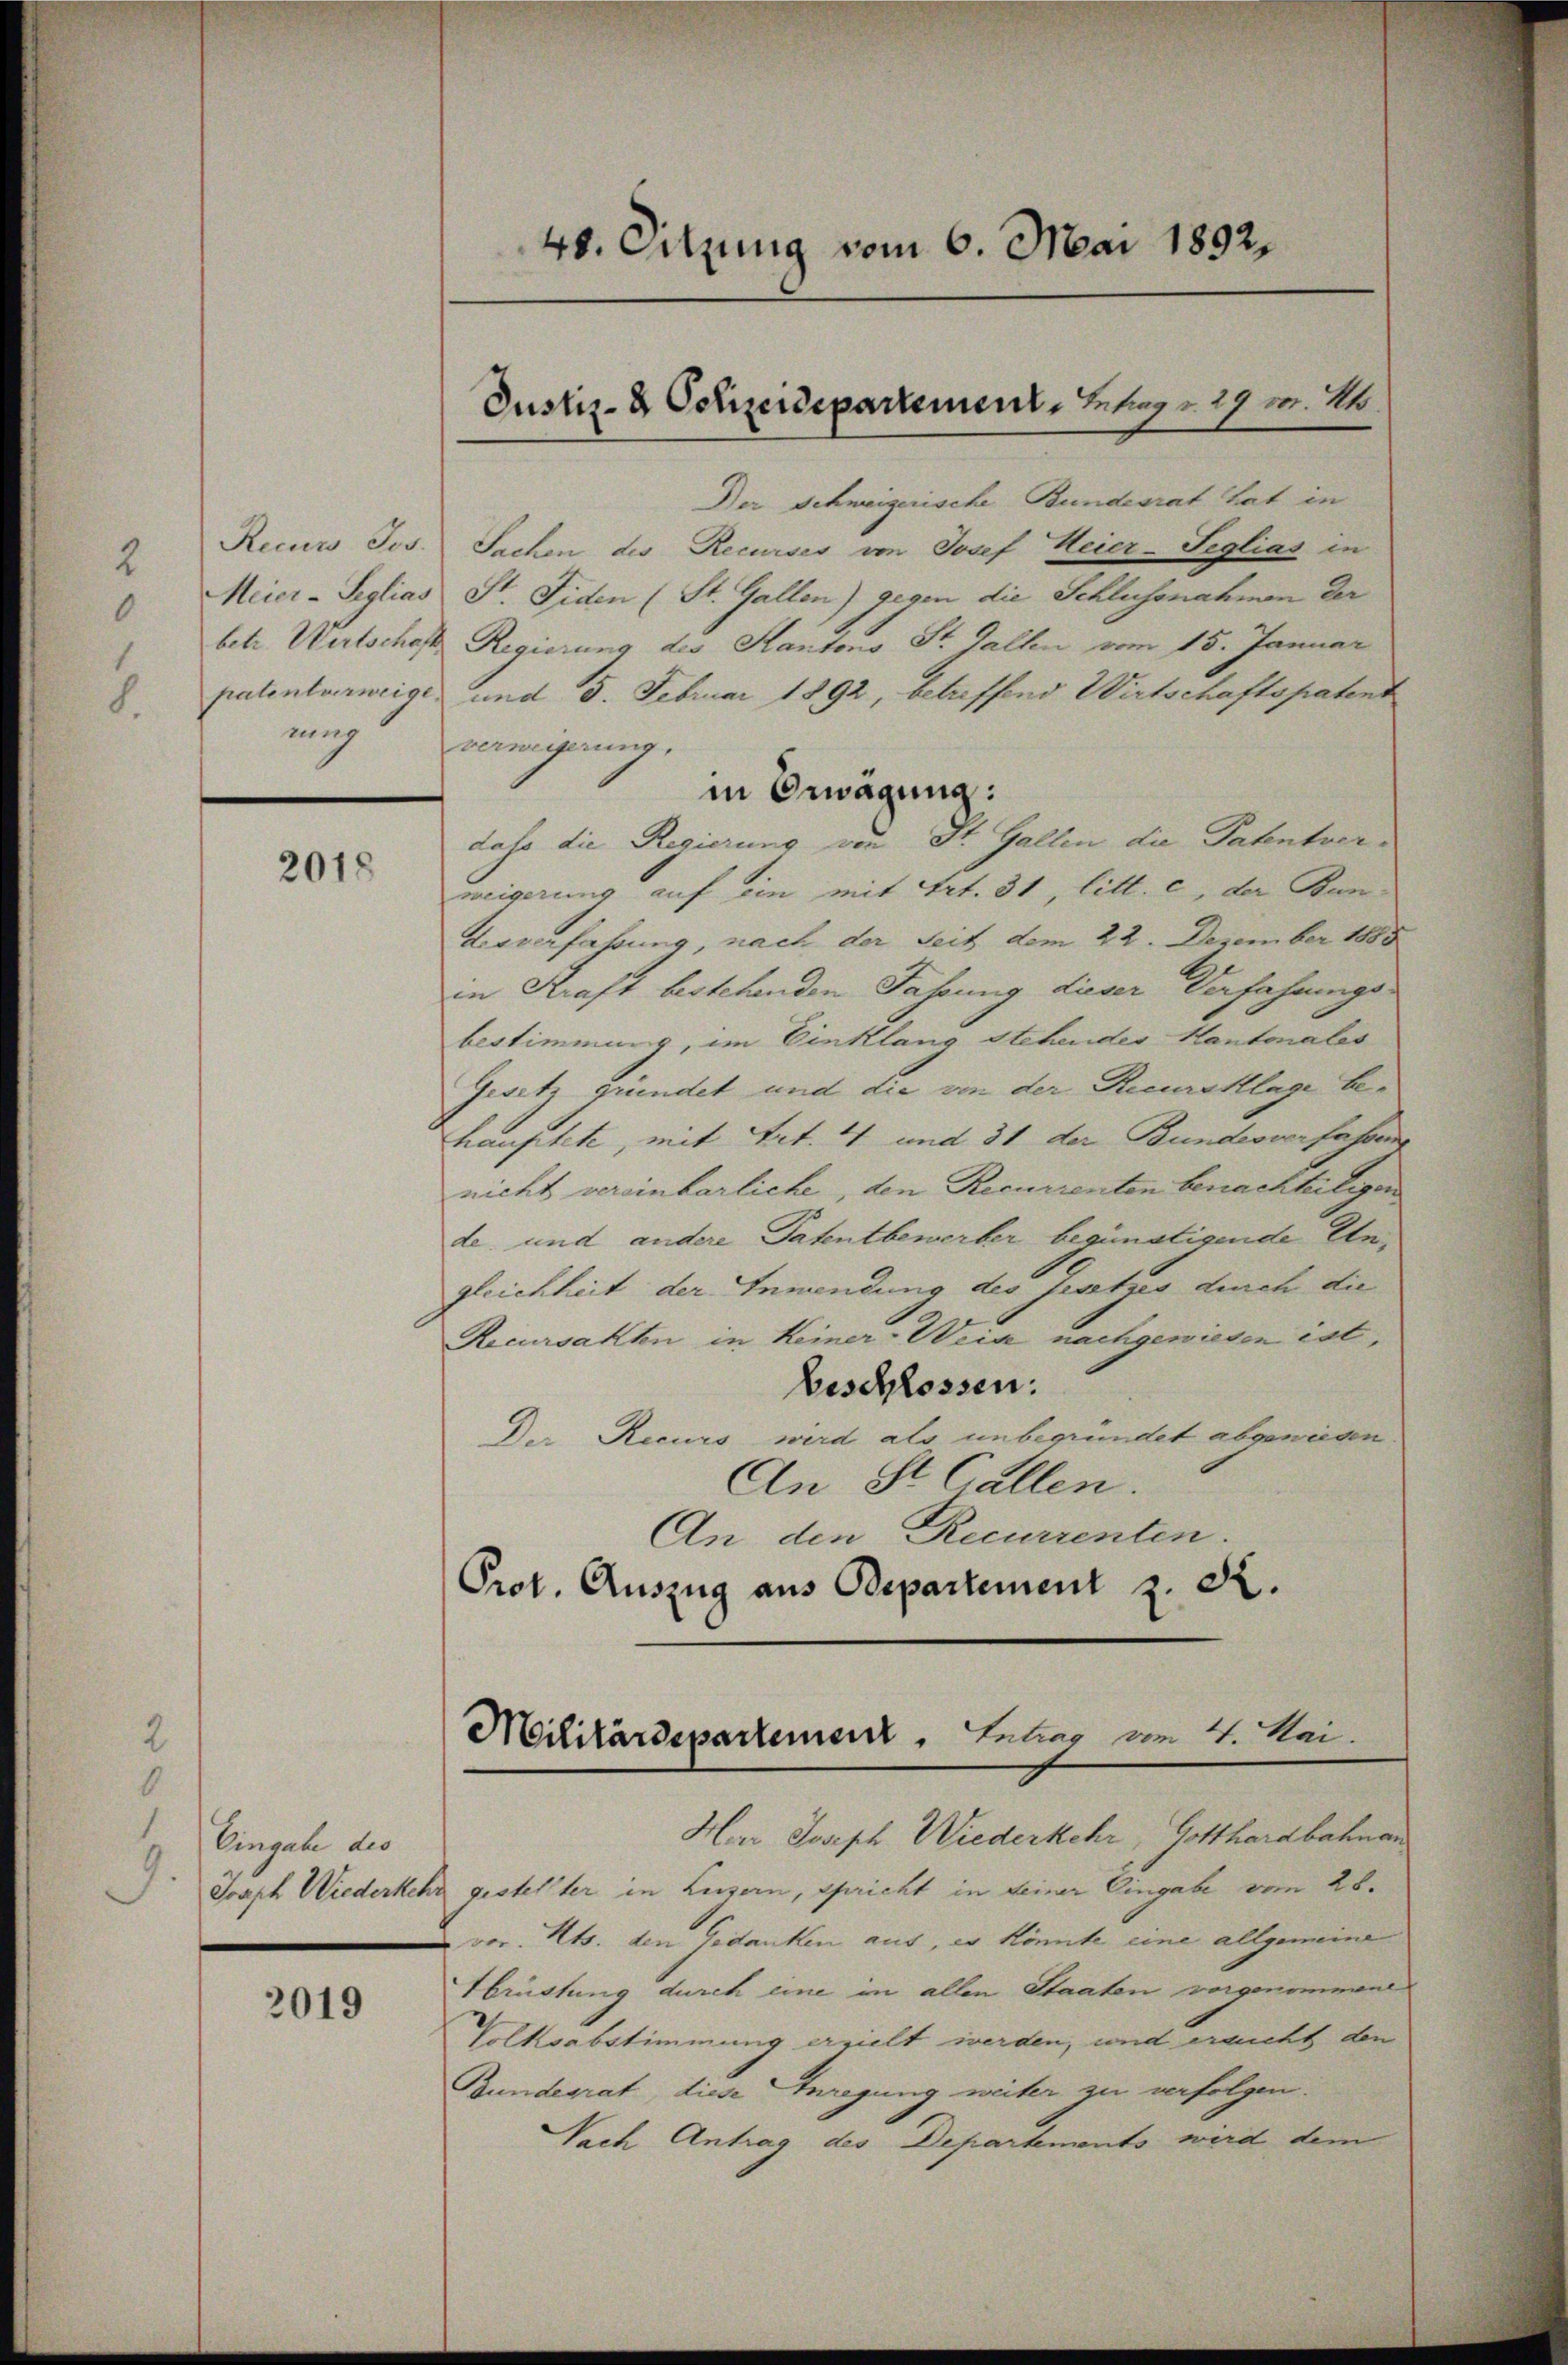
Recurs Jos.
Meier-Seglias
patentverweige.
mg

2018

1
Eingabe des
9.

2019

48. Sitzung vom 6. Mai 1892.

Justiz- & Schreidepartement, Mez. 29 m. 24.

Der Schweizerische Bundesrat hat in
Sachen des Recurses von Josef Heier-Seglias in
St. Fiden (St. Gallen) gegen die Schlussnahmen der
betr. Wirtschaft Regierung des Kantons St. Gallen vom 15. Januar
und 5. Februar 1892, betreffend Wirtschaftspatent
vermigerung,
in Erwägung:
dato die Regierung von St. Gallen die Patentverweigerung auf ein mit Art. 31, litt. c, der Ban
Aesverfahrung, nach der Seit dem 22. Dezember 1888
in Kraft bestehenden Fassung dieser Verfahrungsbestimmung, im Einklang stehendes Kantonales
Gesetz gründet und die von der Recursklage behauptete, mit Art. 4 und 31 der Bundesverfassen
nicht vereinbarliche, den Recurrenten benachteiligen
de und andere Patentbewerber begünstigende Ungleichheit der Anwendung des Gesetzes durch die
Recursakten in Keiner-Weise nachgewiesen ist,
beschlossen:
Der Recurs wird als unbegründet abgewiesen.
An St. Gallen.
An den Recurrenten
Prot. Auszug aus Departement z. R.
Har Joseph Wiederkehr, Gotthardbahnan
Joseph Wiederkehr gestelter in Luzern, spricht in seiner Eingabe vom 28.
vor. Mts. den Gedanken aus, es könnte eine allgemeine
Hbrüstung durch eine in allen Staaten vorgenommene
Volksabstimmung erzielt werden, und eracht den
Bundesrat, diese Anregung weiter zu verfolgen.
Nach Antrag des Departements wird dem

Militärdepartement. Feber von 4. Mai.